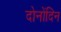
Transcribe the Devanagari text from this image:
दोनोंदिन